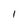
Character: I